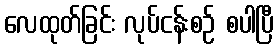
လေထုတ်ခြင်း လုပ်ငန်းစဉ် စပါပြီ